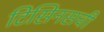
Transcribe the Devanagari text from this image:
टिसिनसची